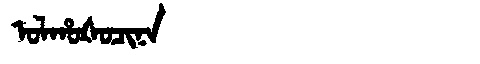
Manchu: ᠣᠯᡥᠣᡧᠣᠴᡳᠨᠠ
Romanization: OLHOŠOCINA